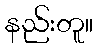
နည်းတူ။